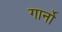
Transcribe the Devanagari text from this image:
गार्नो